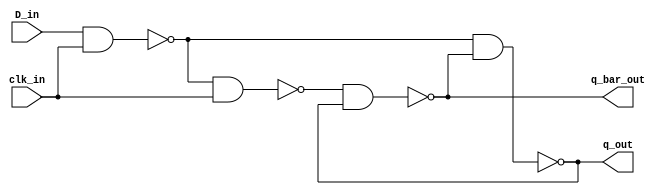
module dlatch_test(input D_in,clk_in,output q_out,q_bar_out);
wire term1;
nand obj1(term1,D_in,clk_in);
wire term2;
nand obj2(term2,term1,clk_in);
nand obj3(q_out,term1,q_bar_out);
nand obj4(q_bar_out,term2,q_out);
endmodule